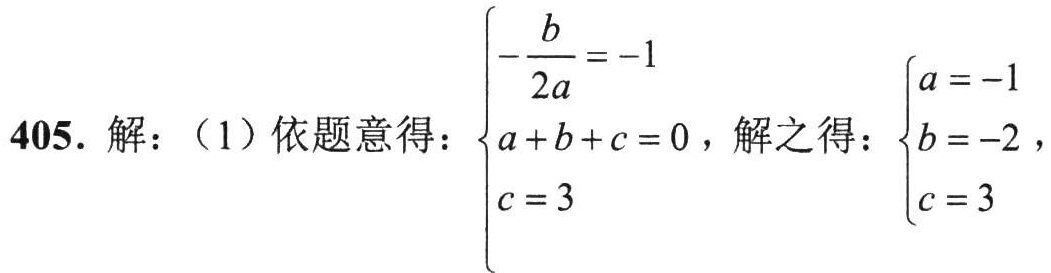
405. 解：（1）依题意得：\(\begin{cases}-\dfrac{b}{2a}=-1 \\ a + b + c = 0 \\ c = 3\end{cases}\)，解之得：\(\begin{cases}a = -1 \\ b = -2 \\ c = 3\end{cases}\)